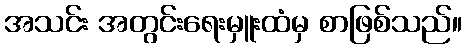
အသင်း အတွင်းရေးမှူးထံမှ စာဖြစ်သည်။